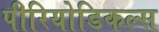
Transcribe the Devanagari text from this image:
पीरियोडिकल्स